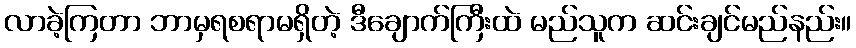
လာခဲ့ကြတာ ဘာမှရစရာမရှိတဲ့ ဒီချောက်ကြီးထဲ မည်သူက ဆင်းချင်မည်နည်း။